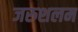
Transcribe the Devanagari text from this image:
जरुशलम